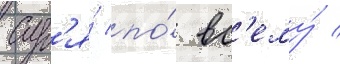
Суд'я́ по́ вс'ему́ /